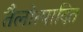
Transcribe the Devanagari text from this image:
तैलोत्पादित